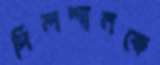
দিলশানকে